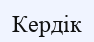
Кердік